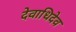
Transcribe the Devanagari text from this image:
देवाधिदेव